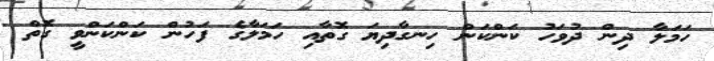
ހަމަލާ ދިން ދުވަހު ކަންކަން ހިނގާދިޔަ ގޮތާއި ހަމަލާގެ ފަހުން ކަންކަންވީ ގޮތް